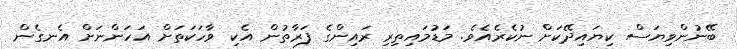
ބޭނުންވިޔަސް ކިޔައިދޭކަށް ނުކެރެއެވެ. މަޑުމައިތިރި ރައިންގެ ފަރާތުން އެކި ވާހަކަތަށް އަހަންނަށް އެނގެން